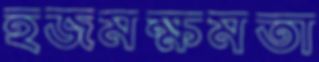
হজমক্ষমতা